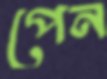
পেন